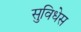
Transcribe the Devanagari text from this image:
सुविधेस